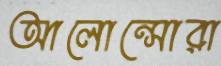
আলোন্সোরা